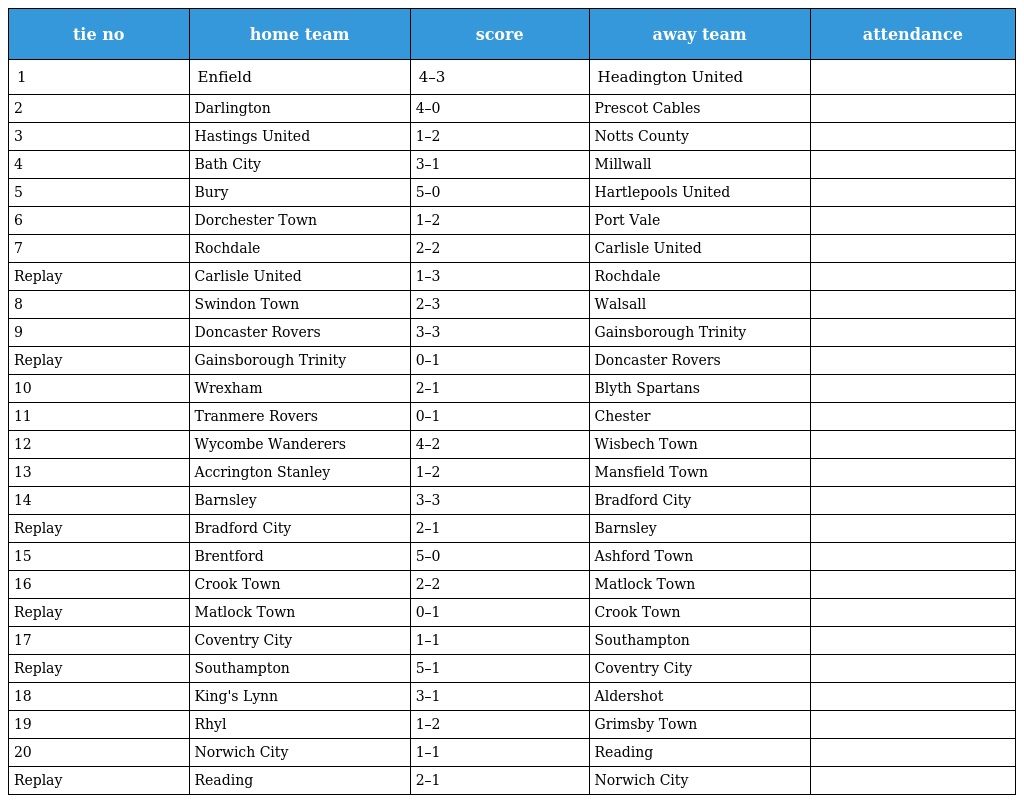
| tie no | home team | score | away team | attendance |
 | --- | --- | --- | --- | --- |
 | 1 | Enfield | 4–3 | Headington United |  |
 | 2 | Darlington | 4–0 | Prescot Cables |  |
 | 3 | Hastings United | 1–2 | Notts County |  |
 | 4 | Bath City | 3–1 | Millwall |  |
 | 5 | Bury | 5–0 | Hartlepools United |  |
 | 6 | Dorchester Town | 1–2 | Port Vale |  |
 | 7 | Rochdale | 2–2 | Carlisle United |  |
 | Replay | Carlisle United | 1–3 | Rochdale |  |
 | 8 | Swindon Town | 2–3 | Walsall |  |
 | 9 | Doncaster Rovers | 3–3 | Gainsborough Trinity |  |
 | Replay | Gainsborough Trinity | 0–1 | Doncaster Rovers |  |
 | 10 | Wrexham | 2–1 | Blyth Spartans |  |
 | 11 | Tranmere Rovers | 0–1 | Chester |  |
 | 12 | Wycombe Wanderers | 4–2 | Wisbech Town |  |
 | 13 | Accrington Stanley | 1–2 | Mansfield Town |  |
 | 14 | Barnsley | 3–3 | Bradford City |  |
 | Replay | Bradford City | 2–1 | Barnsley |  |
 | 15 | Brentford | 5–0 | Ashford Town |  |
 | 16 | Crook Town | 2–2 | Matlock Town |  |
 | Replay | Matlock Town | 0–1 | Crook Town |  |
 | 17 | Coventry City | 1–1 | Southampton |  |
 | Replay | Southampton | 5–1 | Coventry City |  |
 | 18 | King's Lynn | 3–1 | Aldershot |  |
 | 19 | Rhyl | 1–2 | Grimsby Town |  |
 | 20 | Norwich City | 1–1 | Reading |  |
 | Replay | Reading | 2–1 | Norwich City |  |